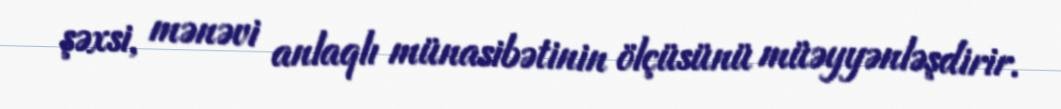
şəxsi, mənəvi anlaqlı münasibətinin ölçüsünü müəyyənləşdirir.